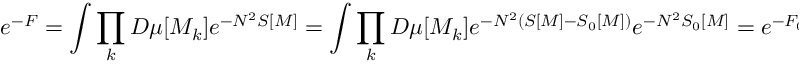
e ^ { - F } = \int \prod _ { k } D \mu [ M _ { k } ] e ^ { - N ^ { 2 } S [ M ] } = \int \prod _ { k } D \mu [ M _ { k } ] e ^ { - N ^ { 2 } ( S [ M ] - S _ { 0 } [ M ] ) } e ^ { - N ^ { 2 } S _ { 0 } [ M ] } = e ^ { - F _ { 0 } } \Big < e ^ { - N ^ { 2 } ( S - S _ { 0 } ) } \Big > _ { S _ { 0 } } \; .